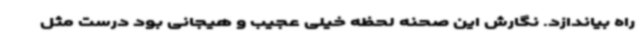
راه بیاندازد. نگارش این صحنه لحظه‌ خیلی عجیب و هیجانی بود درست مثل